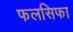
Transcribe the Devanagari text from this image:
फलसिफा